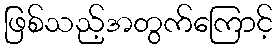
ဖြစ်သည့်အတွက်ကြောင့်